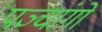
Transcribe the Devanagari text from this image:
पञ्चांगाें